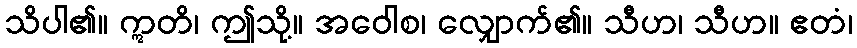
သိပါ၏။ ဣတိ၊ ဤသို့။ အဝေါစ၊ လျှောက်၏။ သီဟ၊ သီဟ။ ဧတံ၊